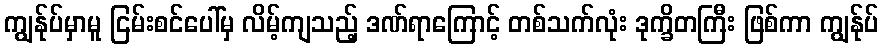
ကျွန်ုပ်မှာမူ ငြမ်းစင်ပေါ်မှ လိမ့်ကျသည့် ဒဏ်ရာကြောင့် တစ်သက်လုံး ဒုက္ခိတကြီး ဖြစ်ကာ ကျွန်ုပ်